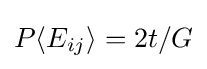
P\langle E_{ij}\rangle =2t/G